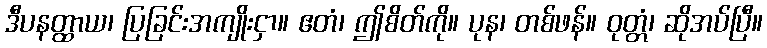
ဒီပနတ္ထာယ၊ ပြခြင်းအကျိုးငှာ။ ဧတံ၊ ဤစိတ်ကို။ ပုန၊ တစ်ဖန်။ ဝုတ္တံ၊ ဆိုအပ်ပြီ။